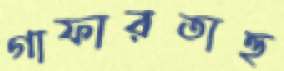
গাফারতাহু